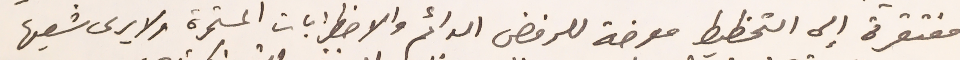
مفتقرة إلى التخطيط معرضة للرفض الدائم والاضطرابات المستمرة ولا يرى شعبها